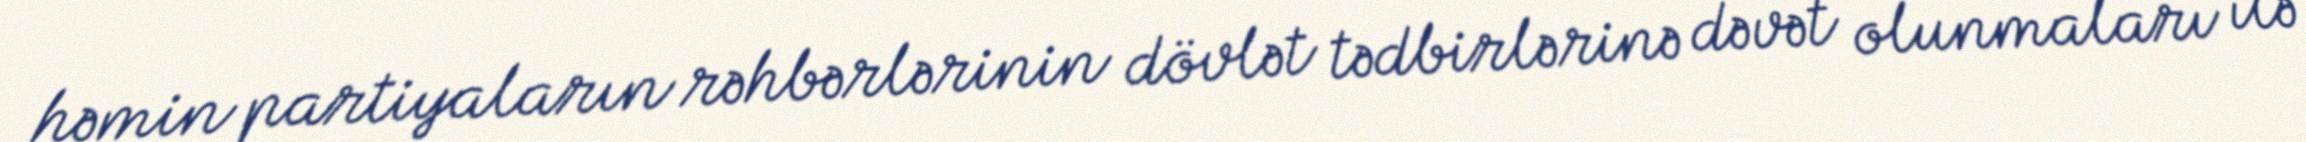
həmin partiyaların rəhbərlərinin dövlət tədbirlərinə dəvət olunmaları ilə